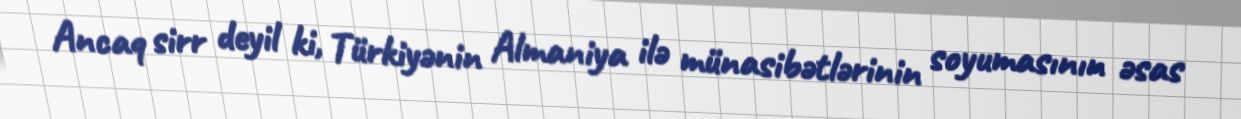
Ancaq sirr deyil ki, Türkiyənin Almaniya ilə münasibətlərinin soyumasının əsas